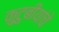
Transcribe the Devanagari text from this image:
कुटुबीयांचे